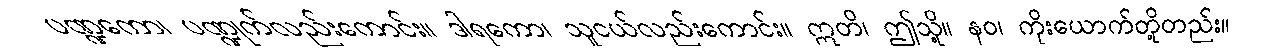
ပဏ္ဍကော၊ ပဏ္ဍုက်လည်းကောင်း။ ဒါရကော၊ သူငယ်လည်းကောင်း။ ဣတိ၊ ဤသို့။ နဝ၊ ကိုးယောက်တို့တည်း။